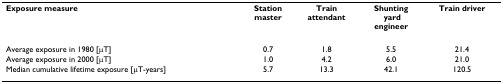
| Exposure measure | Stationmaster | Trainattendant | Shunting  yardengineer | Train driver |
 | --- | --- | --- | --- | --- |
 | Average exposure in 1980 [μT] | 0.7 | 1.8 | 5.5 | 21.4 |
 | Average exposure in 2000 [μT] | 1.0 | 4.2 | 6.0 | 21.0 |
 | Median cumulative lifetime exposure [μT-years] | 5.7 | 13.3 | 42.1 | 120.5 |